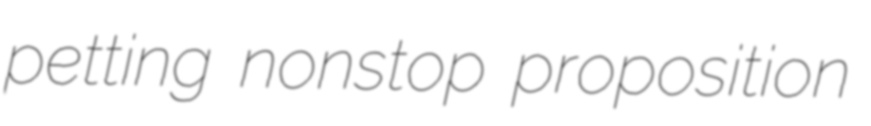
petting nonstop proposition